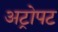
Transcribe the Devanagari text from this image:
अट्रोपट